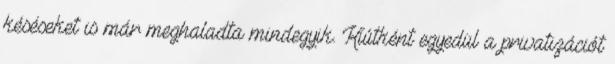
késéseket is már meghaladta mindegyik. Kiútként egyedül a privatizációt